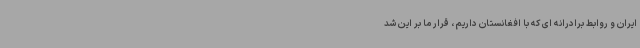
ایران و روابط برادرانه ای که با افغانستان داریم ، قرار ما بر این شد